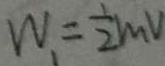
W _ { 1 } = \frac { 1 } { 2 } m V